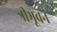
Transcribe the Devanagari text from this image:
त्रीभूवन